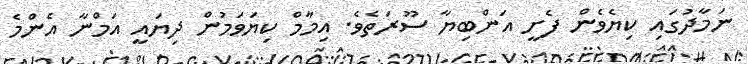
ނަމާދުގައި ކިޔެވެން ފެށީ އަންބިޔާ ސޫރަތެވެ. އިމާމް ކިޔަވަމުން ދިޔައީ އަމްނާ އެންމެ